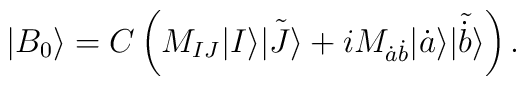
| B_0\rangle =C\left( M_{IJ}| I\rangle\tilde{|J\rangle}+iM_{\dot{a}\dot{b}}| \dot{a}\rangle\tilde{|\dot{b}\rangle}\right).